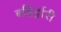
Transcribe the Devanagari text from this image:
बहिर्द्वारी